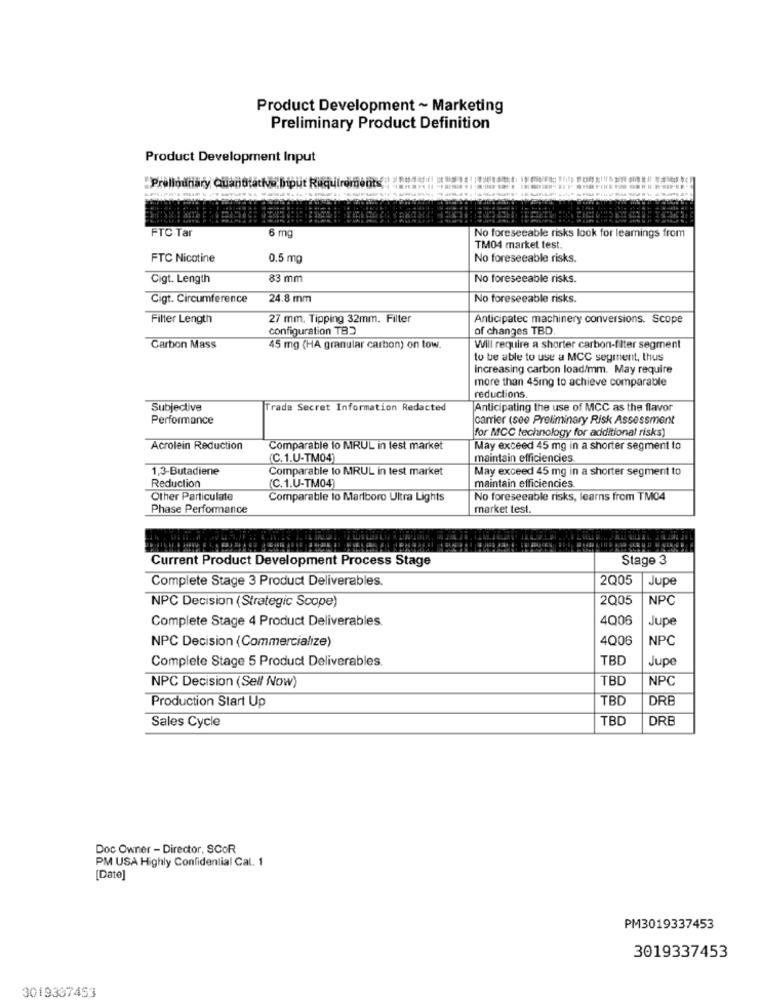
Product Development ~ Marketing
Preliminary Product Definition
Product Development Input
Prellodhary Quanotativo bi
FTC Tar
6 m
No foreseeable risks look for learnings from
TM04 market test
FTC Nicotine
0.5 mg
No foreseeable risks.
Cigt. Length
83 mm
No foreseeable risks.
Cigt. Circumference
24.8 mm
No foreseeable risks.
Filter Length
27 mm. Tipping 32mm. Filter
Anticipatec machinery conversions. Scope
configuration TB3
of changes TBD
Carbon Mass
45 mg (HA granular carbon) on tow.
Will require a shorter carbon-filter segment
to be able to use a MCC segment, thus
increasing carbon load/mm. May require
more than 45mg to achieve comparable
reductions.
Subjective
Trade Secret Information Redacted
Anticipating the use of MCC as the flavor
Performance
carrier (see Preliminary Risk Assessment
for MCC technology for additional risks)
Acrolein Reduction
Comparable to MRUL in test market
May exceed 45 mg in a shorter segment to
(C.1.U-TM04)
maintain efficiencies
1,3-Butadiene
Comparable to MRUL in test market
May exceed 45 mg in a shorter segment to
Reduction
(C.1.U-TM04)
maintain efficiencies.
Other Particulate
Comparable to Marlboro Ultra Lights
No foreseeable risks, learns from TM04
Phase Performance
market test.
Current Product Development Process Stage
Stage 3
Complete Stage 3 Product Deliverables.
2Q05
Jupe
2Q05
NPC
NPC Decision (Strategic Scope)
Complete Stage 4 Product Deliverables.
4Q06
Jupe
NPC Decision (Commercialize)
4006
NPC
Complete Stage 5 Product Deliverables
TBC
Jupe
NPC Decision (Sell Now)
TBC
NPC
Production Start Up
TBC
DRB
Sales Cycle
TBD
DRE
Doc Owner - Director, SCOR
PM USA Highly Confidential Cal. 1
[Date]
PM3019337453
3019337453
3019337453